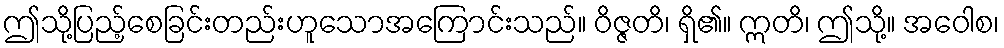
ဤသို့ပြည့်စေခြင်းတည်းဟူသောအကြောင်းသည်။ ဝိဇ္ဇတိ၊ ရှိ၏။ ဣတိ၊ ဤသို့။ အဝေါစ၊